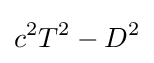
c^{2}T^{2}-D^{2}